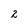
Character: 2